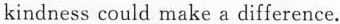
kindness could make a difference.